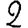
Digit: 2